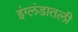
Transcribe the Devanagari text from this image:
इंग्लंडातली